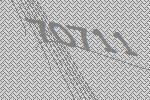
70711